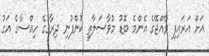
އަށް އަރައިފި ރާއްޖޭގެ އެންމެ ބޮޑު މުވާސަލާތީ ކުންފުނި ދިރާގުގެ ހިއްސާގެ އަގު